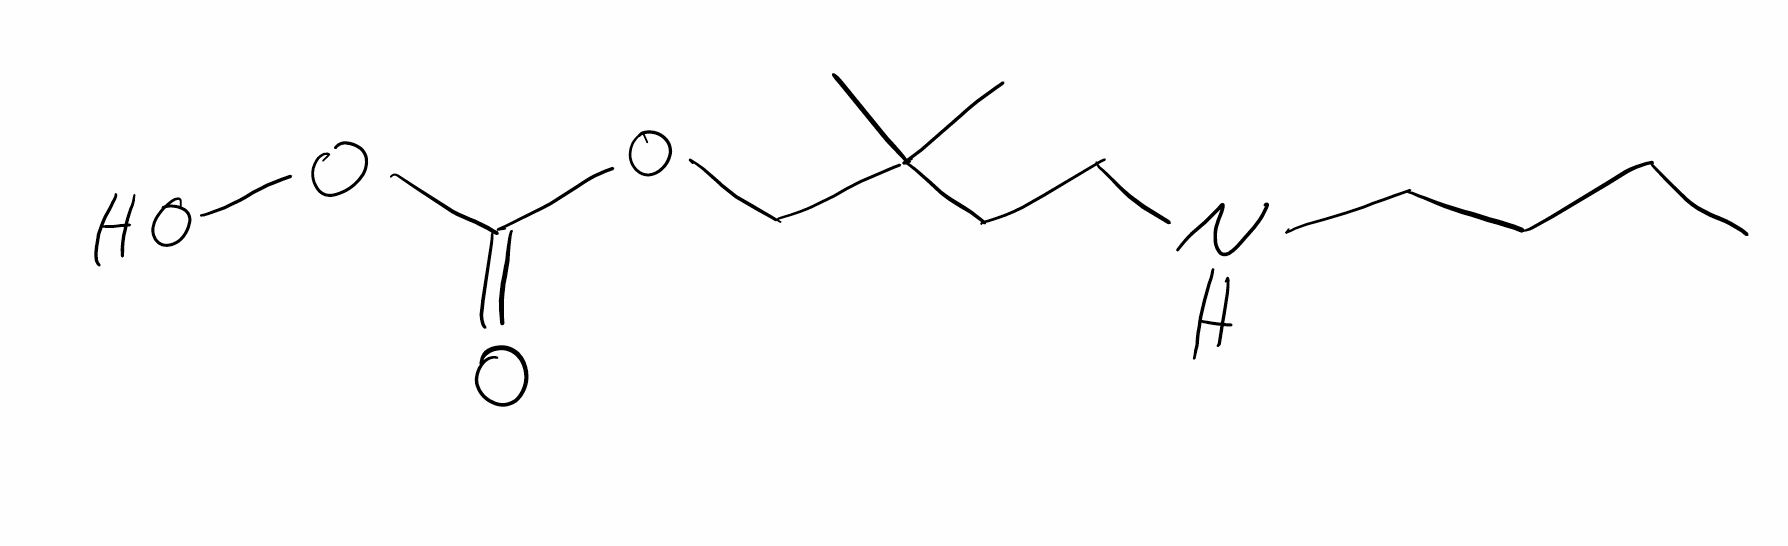
Simplified molecular-input line-entry system (SMILES) notation of the given molecule:
CCCCNCCC(C)(C)COC(=O)OO